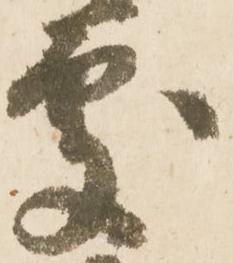
處